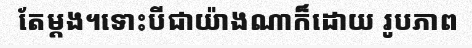
តែម្តង។ទោះបីជាយ៉ាងណាក៏ដោយ រូបភាព